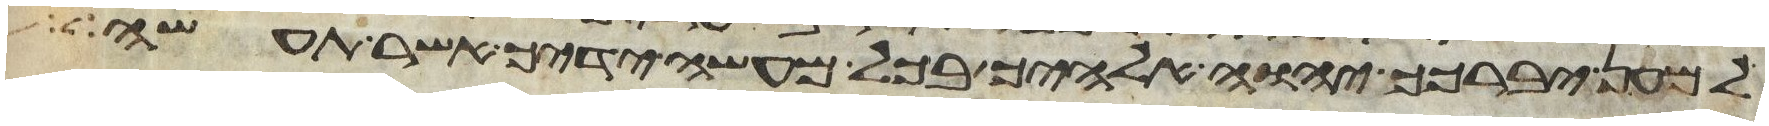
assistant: למען יברכך יהוה אלהיך בכל מעשה ידיך אשר תעשה